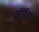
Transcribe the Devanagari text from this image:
युर्गिस